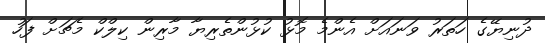
ދުނިޔޭގެ ހަތަރު ވަނައަށް އެންމެ މޮޅު ކުޅުންތެރިޔާ މާރިން ކިލްކް މެޗަށް ފަހު